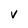
Character: v